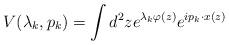
LaTeX: \begin{align*}V(\lambda_{k},p_{k}) = \int d^{2}z e^{\lambda_{k}\varphi(z)} e^{ip_{k}\cdot x(z)}\end{align*}